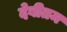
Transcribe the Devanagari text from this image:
देबीतम